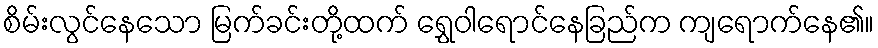
စိမ်းလွင်နေသော မြက်ခင်းတို့ထက် ရွှေဝါရောင်နေခြည်က ကျရောက်နေ၏။